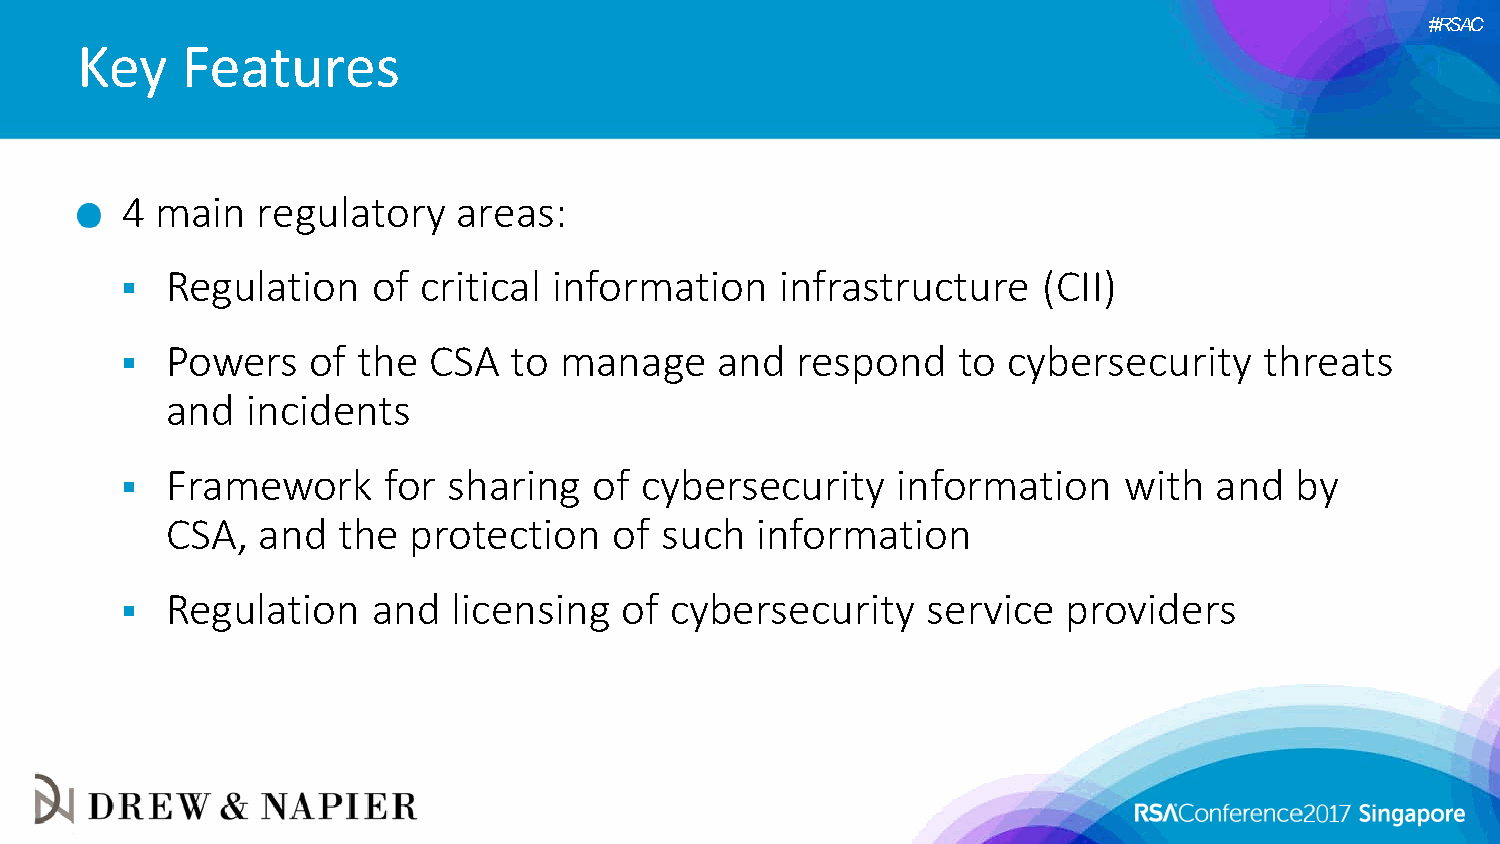
#RSAC
 Key    Features
 4 main   regulatory   areas:
   Regulation    of critical information    infrastructure   (CII)
   Powers    of the CSA   to manage    and   respond   to  cybersecurity    threats
 and  incidents
   Framework     for  sharing  of cybersecurity    information    with  and   by
 CSA,  and  the  protection    of such  information
   Regulation    and  licensing  of cybersecurity    service   providers